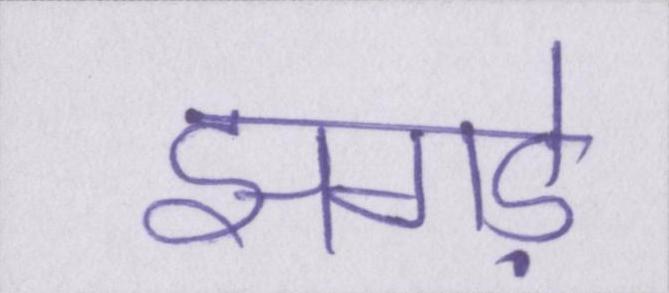
झगड़े